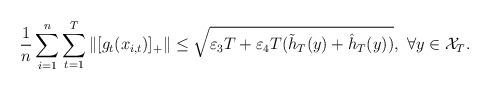
LaTeX: \begin{align*}&\frac{1}{n}\sum_{i=1}^n\sum_{t=1}^T\|[g_{t}(x_{i,t})]_+\|\le\sqrt{\varepsilon_3T+\varepsilon_4T(\tilde{h}_T(y)+\hat{h}_T(y))},~\forall y\in\mathcal{X}_T.\end{align*}